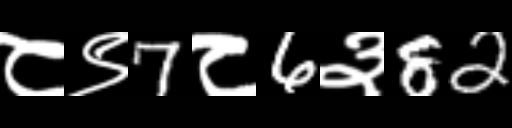
Text: ८९7८6३82